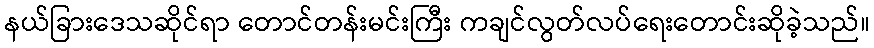
နယ်ခြားဒေသဆိုင်ရာ တောင်တန်းမင်းကြီး ကချင်လွတ်လပ်ရေးတောင်းဆိုခဲ့သည်။